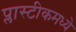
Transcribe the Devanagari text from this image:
प्लास्टीकमध्ये